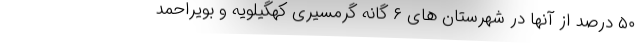
۵۰ درصد از آنها در شهرستان های ۶ گانه گرمسیری کهگیلویه و بویراحمد